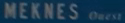
"MEKNES